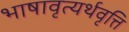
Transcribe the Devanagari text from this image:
भाषावृत्यर्थवृत्ति